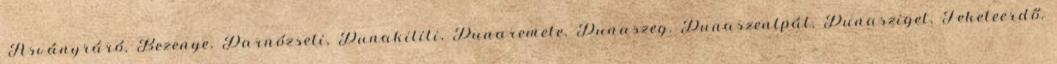
▪Ásványráró, Bezenye, Darnózseli, Dunakiliti, Dunaremete, Dunaszeg, Dunaszentpál, Dunasziget, Feketeerdő,